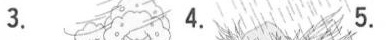
3. 4. 5.